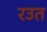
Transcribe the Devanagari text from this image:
रउत